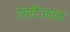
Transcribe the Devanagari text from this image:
रेसॉर्टजवळ